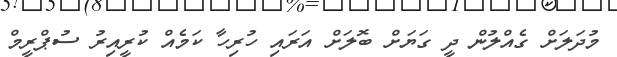
މުދަލަށް ގެއްލުން ދީ ގަޔަށް ބޮލަށް އަރައި ހުރިހާ ކަމެއް ކުރީއިރު ސުޕްރީމް